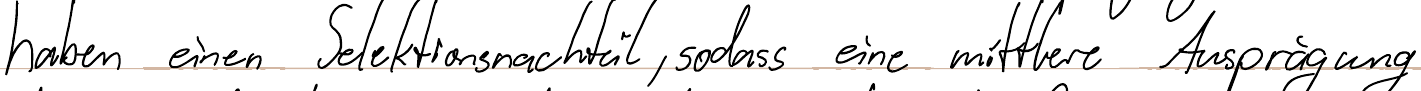
haben einen Selektionsnachteil, sodass eine mittlere Ausprägung